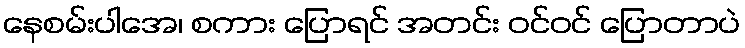
နေစမ်းပါအေ၊ စကား ပြောရင် အတင်း ဝင်ဝင် ပြောတာပဲ